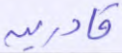
قادرين